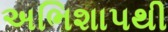
અભિશાપથી